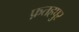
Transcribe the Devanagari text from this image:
फ़तहपुर